Indian journal of veterinary science and animal husbandry - Volumes 18-21, 1948-1951
Year: 1948
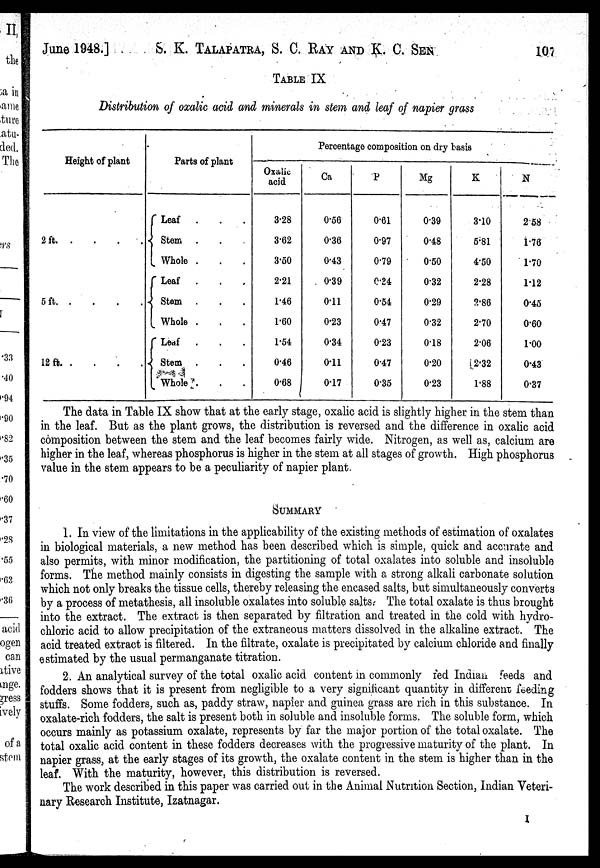
June 1948.]
S. K. TALAPATRA, S. C. RAY AND K. C. SEN 107
TABLE IX
Distribution of oxalic acid and minerals in stem and leaf of napier grass
Height of plant
2
ft
.
.
.
5 ft
.
.
.
12 ft
.
.
.
Parts of plant
Leaf . . .
Stem . . .
Whole . . .
Leaf . . .
Stem . . .
Whole . . .
Leaf . . .
Stem . . .
Whole . . .
Percentage composition on dry basis
Oxalic
acid
3.28
3.62
3.50
2.21
1.46
1.60
1.54
0.46
0.68
Ca
0.56
0.36
0.43
0.39
0.11
0.23
0.34
0.11
0.17
P
0.61
0.97
0.79
0.34
0.54
0.47
0.23
0.47
0.35
Mg
0.39
0.48
0.50
0.32
0.29
0.32
0.18
0.20
0.23
K
3.10
5.81
4.50
2.28
2.86
2.70
2.06
2.32
1.88
N
2.58
1.76
1.70
1.12
0.45
0.60
1.00
0.43
0.37
The data in Table IX show that at the early stage, oxalic acid is slightly higher in the stem than
in the leaf. But as the plant grows, the distribution is reversed and the difference in oxalic acid
composition between the stem and the leaf becomes fairly wide. Nitrogen, as well as, calcium are
higher in the leaf, whereas phosphorus is higher in the stem at all stages of growth. High phosphorus
value in the stem appears to be a peculiarity of napier plant.
SUMMARY
1. In view of the limitations in the applicability of the existing methods of estimation of oxalates
in biological materials, a new method has been described which is simple, quick and accurate and
also permits, with minor modification, the partitioning of total oxalates into soluble and insoluble
forms. The method mainly consists in digesting the sample with a strong alkali carbonate solution
which not only breaks the tissue cells, thereby releasing the encased salts, but simultaneously converts
by a process of metathesis, all insoluble oxalates into soluble salts. The total oxalate is thus brought
into the extract. The extract is then separated by filtration and treated in the cold with hydro-
chloric acid to allow precipitation of the extraneous matters dissolved in the alkaline extract. The
acid treated extract is filtered. In the filtrate, oxalate is precipitated by calcium chloride and finally
estimated by the usual permanganate titration.
2. An analytical survey of the total oxalic acid content in commonly red Indian feeds and
fodders shows that it is present from negligible to a very significant quantity in different feeding
stuffs. Some fodders, such as, paddy straw, napier and guinea grass are rich in this substance. In
oxalate-rich fodders, the salt is present both in soluble and insoluble forms. The soluble form, which
occurs mainly as potassium oxalate, represents by far the major portion of the total oxalate. The
total oxalic acid content in these fodders decreases with the progressive maturity of the plant. In
napier grass, at the early stages of its growth, the oxalate content in the stem is higher than in the
leaf. With the maturity, however, this distribution is reversed.
The work described in this paper was carried out in the Animal Nutrition Section, Indian Veteri-
nary Research Institute, Izatnagar.
I